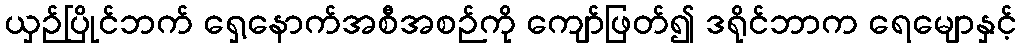
ယှဉ်ပြိုင်ဘက် ရှေ့နောက်အစီအစဉ်ကို ကျော်ဖြတ်၍ ဒရိုင်ဘာက ရေမျောနှင့်